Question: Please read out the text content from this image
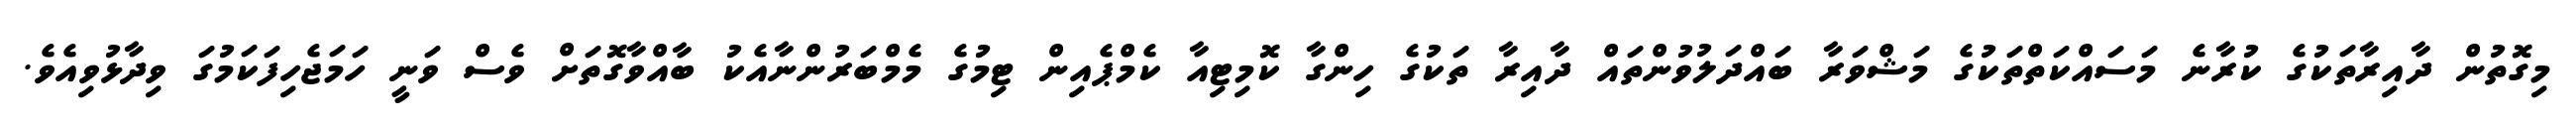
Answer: މިގޮތުން ދާއިރާތަކުގެ ކުރާނެ މަސައްކަތްތަކުގެ މަޝްވަރާ ބައްދަލުވުންތައް ދާއިރާ ތަކުގެ ހިންގާ ކޮމިޓިއާ ކެމްޕެއިން ޓިމުގެ މެމްބަރުންނާއެކު ބާއްވާގޮތަށް ވެސް ވަނީ ހަމަޖެހިފަކަމުގަ ވިދާޅުވިއެވެ.